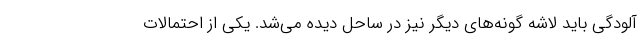
آلودگی باید لاشه گونه‌های دیگر نیز در ساحل دیده می‌شد. یکی از احتمالات